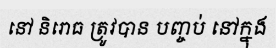
នៅ និរោធ ត្រូវបាន បញ្ចប់ នៅក្នុង